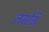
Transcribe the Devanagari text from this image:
लससि